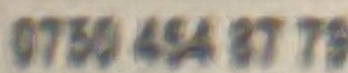
0750 454 8775